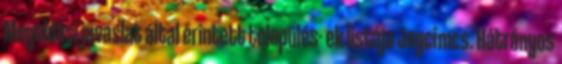
Megoldási javaslat által érintett település- ek listája Jogcímcs. Hátrányos